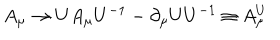
A _ { \mu } \rightarrow U A _ { \mu } U ^ { - 1 } - \partial _ { \mu } U U ^ { - 1 } \equiv A _ { \mu } ^ { U }